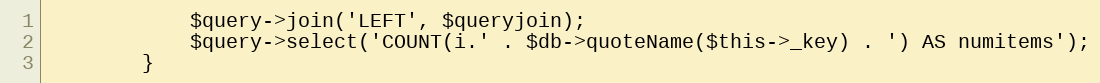
Language: PHP
			$query->join('LEFT', $queryjoin);
			$query->select('COUNT(i.' . $db->quoteName($this->_key) . ') AS numitems');
		}